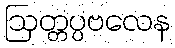
ဩတ္တပ္ပဗလေန